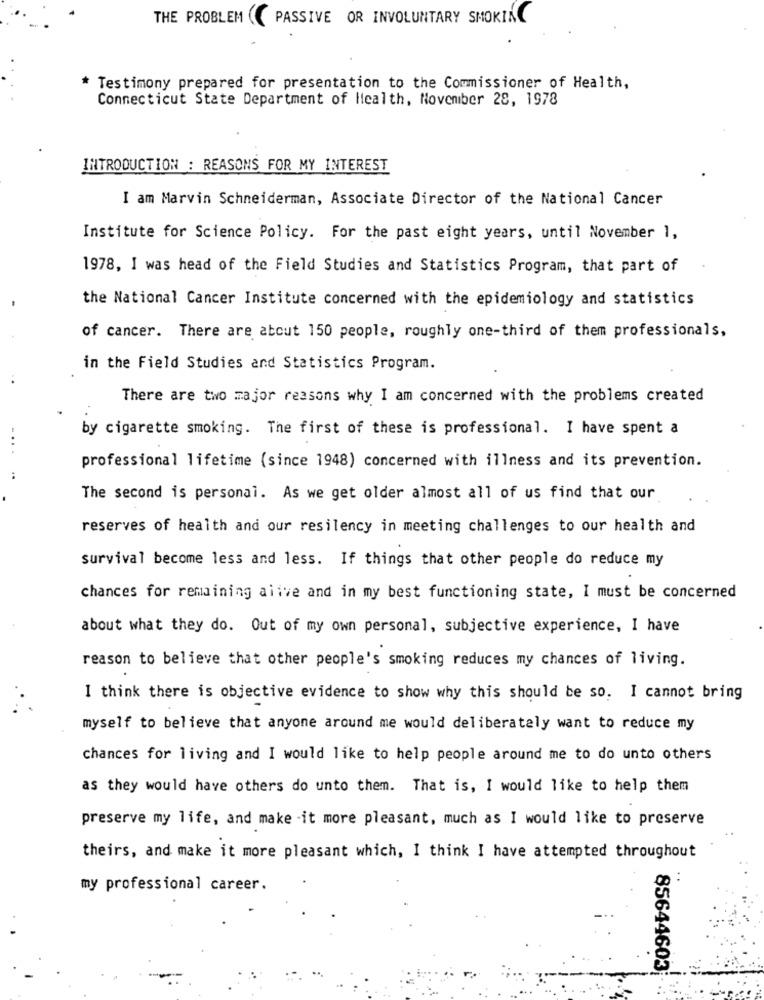
THE PROBLEM ( PASSIVE OR INVOLUNTARY SMOKING
* Testimony prepared for presentation to the Commissioner of Health,
Connecticut State Department of Health, November 28, 1978
INTRODUCTION : REASONS FOR MY INTEREST
I am Marvin Schneiderman, Associate Director of the National Cancer
Institute for Science Policy. For the past eight years, until November 1,
1978, I was head of the Field Studies and Statistics Program, that part of
the National Cancer Institute concerned with the epidemiology and statistics
of cancer. There are about 150 people, roughly one-third of them professionals,
in the Field Studies and Statistics Program.
There are two major reasons why I am concerned with the problems created
by cigarette smoking. The first of these is professional. I have spent a
professional lifetime (since 1948) concerned with illness and its prevention.
The second is personal. As we get older almost all of us find that our
reserves of health and our resilency in meeting challenges to our health and
survival become less and less. If things that other people do reduce my
chances for remaining alive and in my best functioning state, I must be concerned
about what they do. Out of my own personal, subjective experience, I have
reason to believe that other people's smoking reduces my chances of living.
I think there is objective evidence to show why this should be so. I cannot bring
myself to believe that anyone around me would deliberately want to reduce my
chances for living and I would like to help people around me to do unto others
as they would have others do unto them. That is, I would like to help them
preserve my life, and make -it more pleasant, much as I would like to preserve
theirs, and make it more pleasant which, I think I have attempted throughout
..
my professional career.
85644603